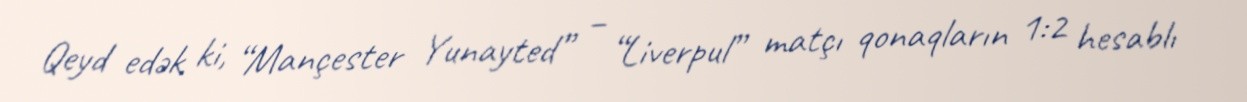
Qeyd edək ki, “Mançester Yunayted” – “Liverpul” matçı qonaqların 1:2 hesablı